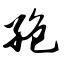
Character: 孢